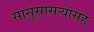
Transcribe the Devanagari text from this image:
सासूसासऱ्यांसह